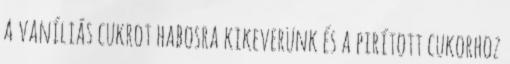
a vaníliás cukrot habosra kikeverünk és a pirított cukorhoz